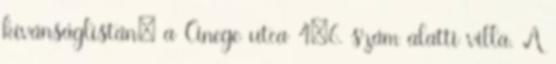
kívánságlistán: a Cinege utca 4–6. szám alatti villa. A